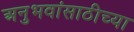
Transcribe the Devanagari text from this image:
अनुभवांसाठीच्या